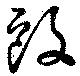
駆